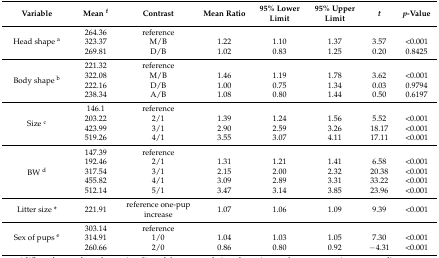
| Variable | Mean f | Contrast | Mean Ratio | 95% Lower Limit | 95% Upper Limit | t | p-Value |
 | --- | --- | --- | --- | --- | --- | --- | --- |
 | <ROWSPAN=3> Head shape a | 264.36 | reference |  |  |  |  |  |
 | 323.37 | M/B | 1.22 | 1.10 | 1.37 | 3.57 | <0.001 |
 | 269.81 | D/B | 1.02 | 0.83 | 1.25 | 0.20 | 0.8425 |
 | <ROWSPAN=4> Body shape b | 221.32 | reference |  |  |  |  |  |
 | 322.08 | M/B | 1.46 | 1.19 | 1.78 | 3.62 | <0.001 |
 | 222.16 | D/B | 1.00 | 0.75 | 1.34 | 0.03 | 0.9794 |
 | 238.34 | A/B | 1.08 | 0.80 | 1.44 | 0.50 | 0.6197 |
 | <ROWSPAN=4> Size c | 146.1 | reference |  |  |  |  |  |
 | 203.22 | 2/1 | 1.39 | 1.24 | 1.56 | 5.52 | <0.001 |
 | 423.99 | 3/1 | 2.90 | 2.59 | 3.26 | 18.17 | <0.001 |
 | 519.26 | 4/1 | 3.55 | 3.07 | 4.11 | 17.11 | <0.001 |
 | <ROWSPAN=5> BW d | 147.39 | reference |  |  |  |  |  |
 | 192.46 | 2/1 | 1.31 | 1.21 | 1.41 | 6.58 | <0.001 |
 | 317.54 | 3/1 | 2.15 | 2.00 | 2.32 | 20.38 | <0.001 |
 | 455.82 | 4/1 | 3.09 | 2.89 | 3.31 | 33.22 | <0.001 |
 | 512.14 | 5/1 | 3.47 | 3.14 | 3.85 | 23.96 | <0.001 |
 | Litter size * | 221.91 | reference one-pup increase | 1.07 | 1.06 | 1.09 | 9.39 | <0.001 |
 | <ROWSPAN=3> Sex of pups e | 303.14 | reference |  |  |  |  |  |
 | 314.91 | 1/0 | 1.04 | 1.03 | 1.05 | 7.30 | <0.001 |
 | 260.66 | 2/0 | 0.86 | 0.80 | 0.92 | −4.31 | <0.001 |